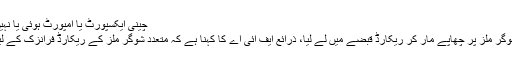
چینی ایکسپورٹ یا امپورٹ ہوئی یا نہیں، تحقیقات کا دائرہ وسیع
ایف آئی اے نے مختلف شوگر ملز پر چھاپے مار کر ریکارڈ قبضے میں لے لیا، ذرائع ایف آئی اے کا کہنا ہے کہ متعدد شوگر ملز کے ریکارڈ فرانزک کے لیے بھجوا دئیے گئے ہیں۔